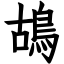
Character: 鴣